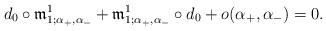
LaTeX: \begin{align*}d_0 \circ \frak m^{1}_{1;\alpha_+,\alpha_-}+ \frak m^{1}_{1;\alpha_+,\alpha_-}\circ d_0+ o(\alpha_+,\alpha_-)= 0.\end{align*}